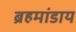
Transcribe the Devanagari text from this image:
ब्रहमांडाय